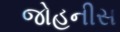
જોહનીસ